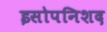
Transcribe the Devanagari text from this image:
इसोपनिशद